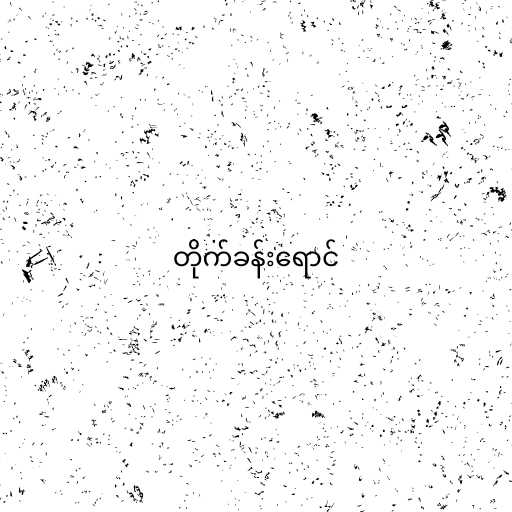
တိုက်ခန်းရောင်